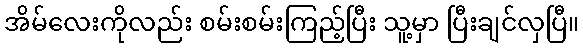
အိမ်လေးကိုလည်း စမ်းစမ်းကြည့်ပြီး သူ့မှာ ပြီးချင်လှပြီ။